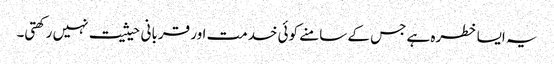
یہ ایسا خطرہ ہے جس کے سامنے کوئی خدمت اور قربانی حیثیت نہیں رکھتی۔